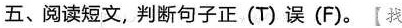
五、阅读短文,判断句子正(T)误(F).【找